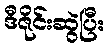
ဒီဇိုင်းဆွဲပြီး